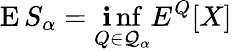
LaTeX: \operatorname{E}S_{\alpha}=\operatorname*{\mathbf{i}nf}_{Q\in{\mathcal{{Q}}}_{\alpha}}E^{Q}[X]